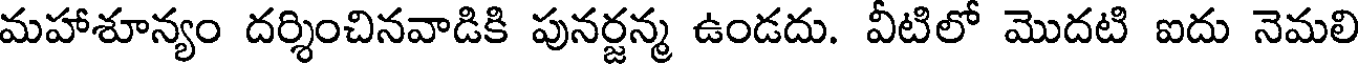
మహాశూన్యం దర్శించినవాడికి పునర్జన్మ ఉండదు. వీటిలో మొదటి ఐదు నెమలి